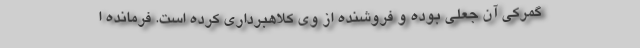
گمرکی آن جعلی بوده و فروشنده از وی کلاهبرداری کرده است. فرمانده ا